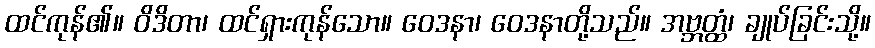
ထင်ကုန်၏။ ဝိဒိတာ၊ ထင်ရှားကုန်သော။ ဝေဒနာ၊ ဝေဒနာတို့သည်။ အဗ္ဘတ္ထံ၊ ချုပ်ခြင်းသို့။